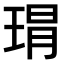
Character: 𤦛